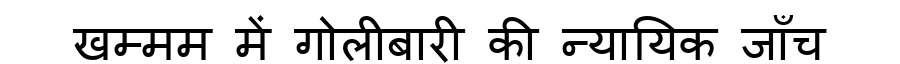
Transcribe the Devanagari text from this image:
खम्मम में गोलीबारी की न्यायिक जाँच